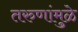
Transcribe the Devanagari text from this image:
तरुणांमुळे